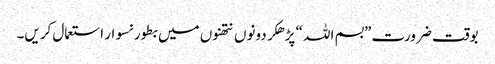
بوقت ضرورت ”بسم اللہ “ پڑھکر دونوں نتھنوں میں بطور نسوار استعمال کریں۔